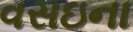
વસઇના